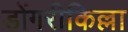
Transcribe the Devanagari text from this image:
डोंगरीकिल्ला